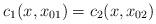
LaTeX: \begin{align*}c_{1}(x,x_{01})=c_{2}(x,x_{02})\end{align*}